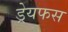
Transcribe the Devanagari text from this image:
ड्रेयफस